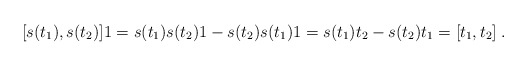
\begin{align*}[s(t_1),s(t_2)]1 = s(t_1)s(t_2)1-s(t_2)s(t_1)1= s(t_1)t_2-s(t_2)t_1 = [t_1,t_2] \; .\end{align*}